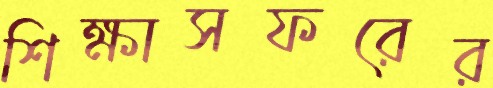
শিক্ষাসফরের